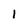
Character: 1